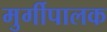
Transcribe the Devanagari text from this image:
मुर्गीपालक